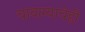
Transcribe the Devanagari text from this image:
चावल्याचेही